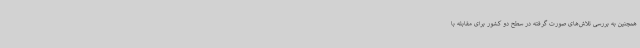
همچنین به بررسی تلاش‌های صورت گرفته در سطح دو کشور برای مقابله با